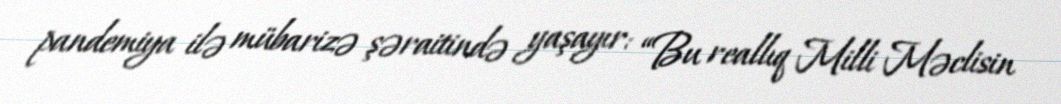
pandemiya ilə mübarizə şəraitində yaşayır: “Bu reallıq Milli Məclisin